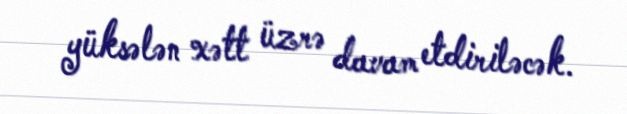
yüksələn xətt üzrə davam etdiriləcək.